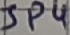
Text: JP4